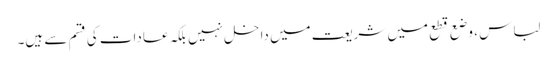
لباس ، وضع قطع میں شریعت میں داخل نہیں بلکہ عادات کی قسم سے ہیں۔